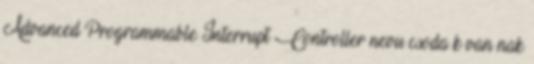
Advanced Programmable Interrupt Controller nevu csoda k van nak